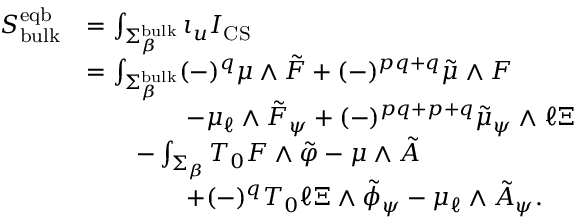
\begin{array} { r l } { S _ { \mathrm { b u l k } } ^ { \mathrm { e q b } } } & { = \int _ { \Sigma _ { \beta } ^ { \mathrm { b u l k } } } \iota _ { u } I _ { \mathrm { C S } } } \\ & { = \int _ { \Sigma _ { \beta } ^ { \mathrm { b u l k } } } ( - ) ^ { q } \mu \wedge \tilde { F } + ( - ) ^ { p q + q } \tilde { \mu } \wedge F } \\ & { \qquad \qquad - \mu _ { \ell } \wedge \tilde { F } _ { \psi } + ( - ) ^ { p q + p + q } \tilde { \mu } _ { \psi } \wedge \ell \Xi } \\ & { \qquad - \int _ { \Sigma _ { \beta } } T _ { 0 } F \wedge \tilde { \varphi } - \mu \wedge \tilde { A } } \\ & { \qquad \qquad + ( - ) ^ { q } T _ { 0 } \ell \Xi \wedge \tilde { \phi } _ { \psi } - \mu _ { \ell } \wedge \tilde { A } _ { \psi } . } \end{array}